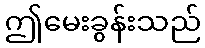
ဤမေးခွန်းသည်